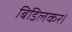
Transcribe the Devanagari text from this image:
बिडिलकर।